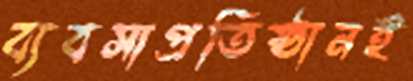
ব্যবসাপ্রতিষ্ঠানই